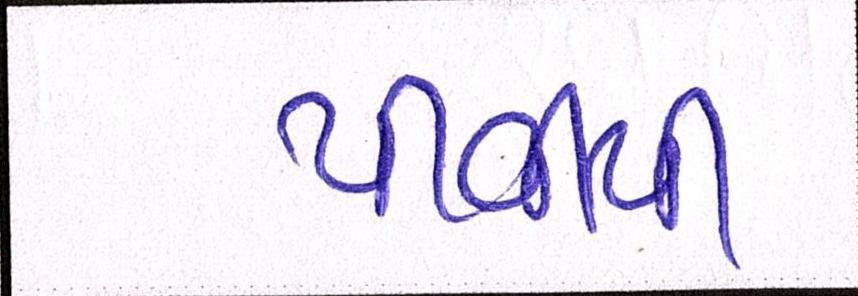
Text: પીવીપી